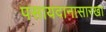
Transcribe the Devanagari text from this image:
पसायदानासारखा